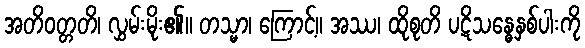
အတိဝတ္တတိ၊ လွှမ်းမိုး၏။ တသ္မာ၊ ကြောင့်။ အဿ၊ ထိုစုတိ ပဋိသန္ဓေနှစ်ပါးကို